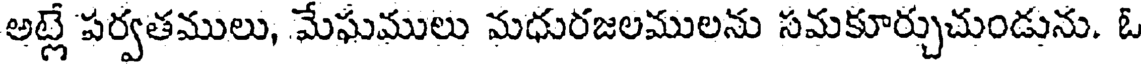
అట్లే పర్వతములు, మేఘములు మధురజలములను సమకూర్చుచుండును. ఓ